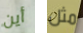
أين مثل